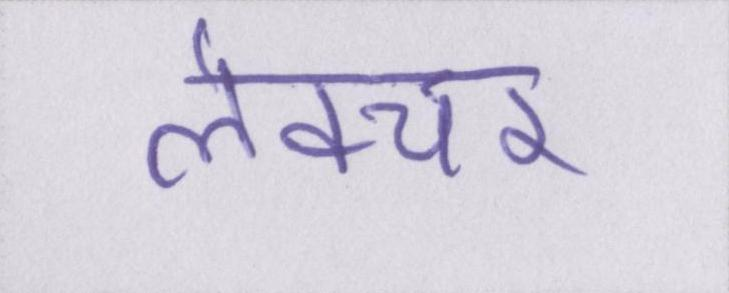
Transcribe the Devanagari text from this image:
लेक्चर